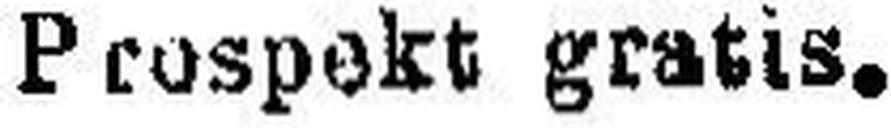
Prospekt gratis.